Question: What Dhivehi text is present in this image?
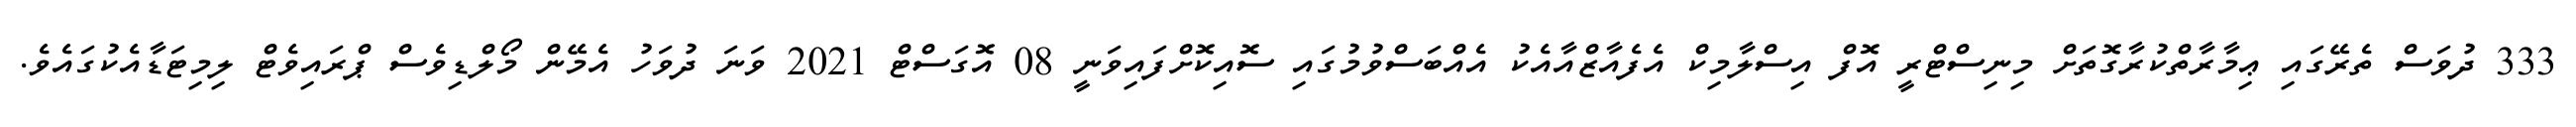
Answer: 333 ދުވަސް ތެރޭގައި ޢިމާރާތްކުރާގޮތަށް މިނިސްޓްރީ އޮފް އިސްލާމިކް އެފެއާޒްއާއެކު އެއްބަސްވުމުގައި ސޮއިކޮށްފައިވަނީ 08 އޮގަސްޓް 2021 ވަނަ ދުވަހު އެމޭން މޯލްޑިވެސް ޕްރައިވެޓް ލިމިޓަޑާއެކުގައެވެ.